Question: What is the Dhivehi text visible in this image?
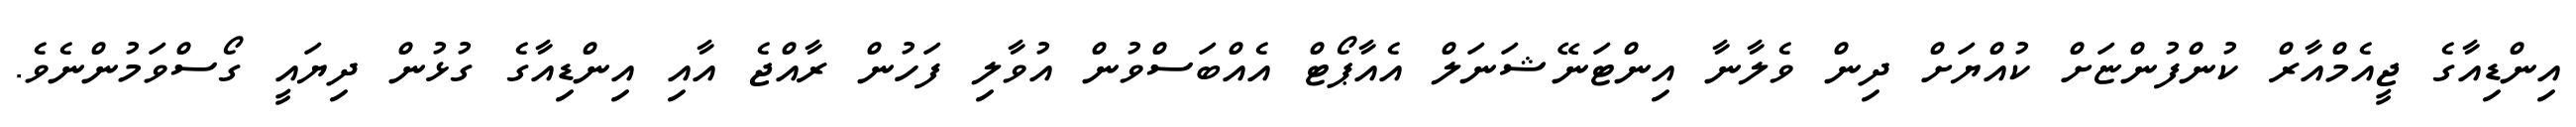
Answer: އިންޑިއާގެ ޖީއެމްއާރް ކުންފުންޏަށް ކުއްޔަށް ދިން ވެލާނާ އިންޓަނޭޝަނަލް އެއާޕޯޓް އެއްބަސްވުން އުވާލި ފަހުން ރާއްޖެ އާއި އިންޑިއާގެ ގުޅުން ދިޔައީ ގޯސްވަމުންނެވެ.